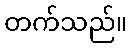
တက်သည်။